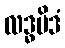
လဒ္ဓမိဒံ